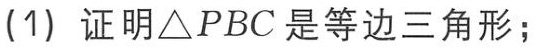
(1) 证明\(\triangle PBC\)是等边三角形；